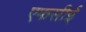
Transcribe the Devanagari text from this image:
एफसीई